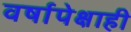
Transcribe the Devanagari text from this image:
वर्षापेक्षाही